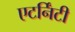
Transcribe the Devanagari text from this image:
एटर्निंटी